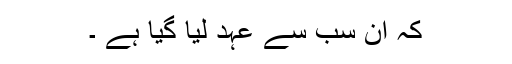
کہ ان سب سے عہد لیا گیا ہے ۔